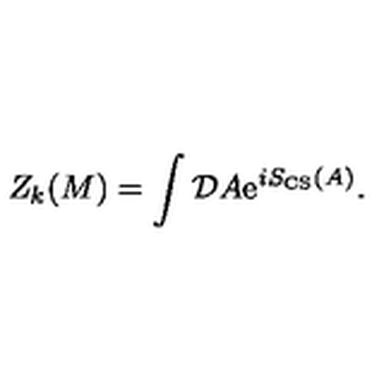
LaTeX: Z _ { k } ( M ) = \int { \cal D } A \mathrm { e } ^ { i S _ { \mathrm { C S } } ( A ) } .